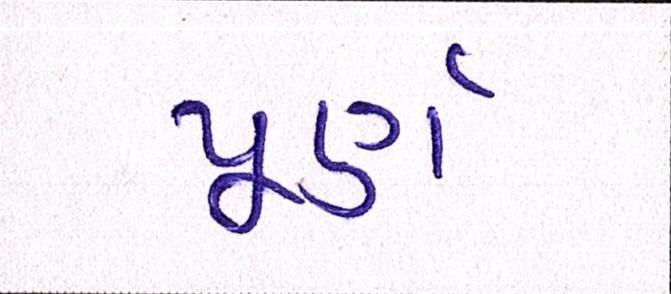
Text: પૂર્ણ